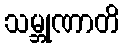
သမ္ဘုဏာတိ